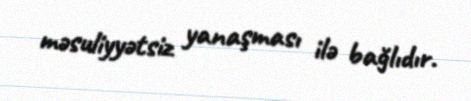
məsuliyyətsiz yanaşması ilə bağlıdır.